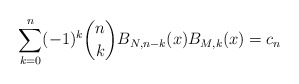
\begin{align*} \sum_{k=0}^n (-1)^k \binom{n}{k} B_{N,n-k}(x)B_{M,k}(x) = c_n \end{align*}